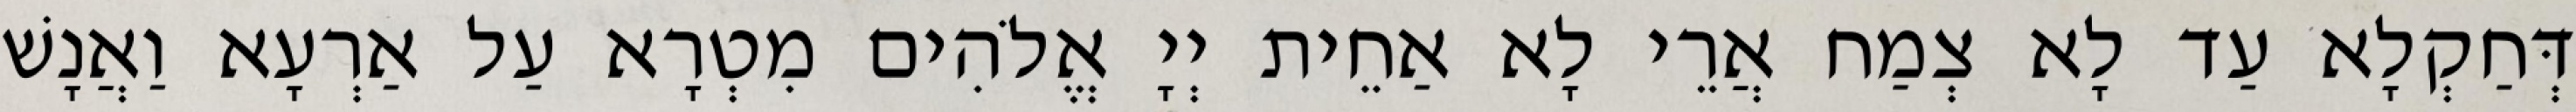
דְּחַקְלָא עַד לָא צְמַח אֲרֵי לָא אַחֵית יְיָ אֱלֹהִים מִטְרָא עַל אַרְעָא וַאֲנָשׁ